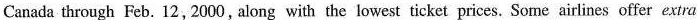
Canada through Feb. 12,2000, along with the lowest ticket prices. Some airlines offer extra